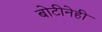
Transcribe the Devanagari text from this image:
बोटीनेही